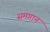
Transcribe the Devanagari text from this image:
समगान